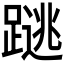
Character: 𰸩